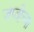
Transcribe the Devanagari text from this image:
जप्तीच्या